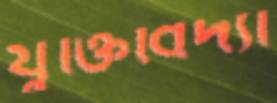
যুক্তিবিদ্যা